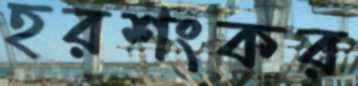
হরশংকর